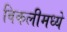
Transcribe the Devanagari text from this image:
विकलीमध्ये